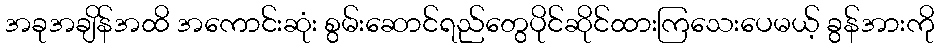
အခုအချိန်အထိ အကောင်းဆုံး စွမ်းဆောင်ရည်တွေပိုင်ဆိုင်ထားကြသေးပေမယ့် ခွန်အားကို